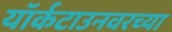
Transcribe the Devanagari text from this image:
यॉर्कटाउनवरच्या